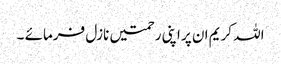
اللہ کریم ان پر اپنی رحمتیں نازل فرمائے ۔